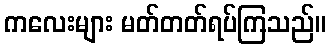
ကလေးများ မတ်တတ်ရပ်ကြသည်။